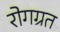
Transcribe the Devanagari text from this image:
रोगग्रत